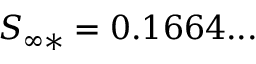
\begin{array} { r } { S _ { \infty * } = 0 . 1 6 6 4 . . . } \end{array}